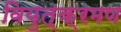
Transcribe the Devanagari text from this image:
वियुत्क्रमण